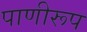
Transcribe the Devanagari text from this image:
पाणीरूप